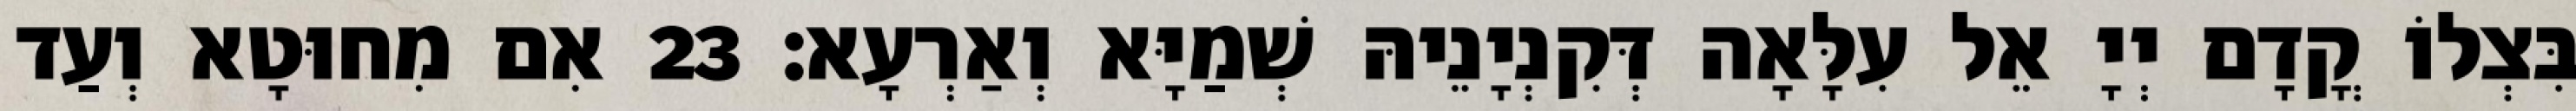
בִּצְלוֹ קֳדָם יְיָ אֵל עִלָּאָה דְּקִנְיָנֵיהּ שְׁמַיָּא וְאַרְעָא׃ 23 אִם מִחוּטָא וְעַד